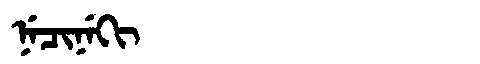
Manchu: ᠨᡝᠴᡳᠨᡝᡴᡳ
Romanization: NECINEKI